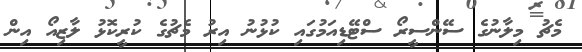
މެޗު މިލާނުގެ ސޭންސީރޯ ސްޓޭޑިއަމުގައި ކުޅުނު އިރު މެޗުގެ ކުރީކޮޅު ލާޒިއޯ އިން